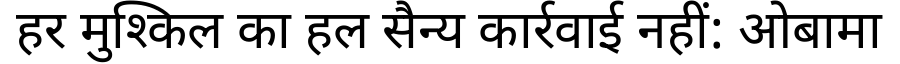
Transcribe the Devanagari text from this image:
हर मुश्किल का हल सैन्य कार्रवाई नहीं: ओबामा